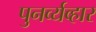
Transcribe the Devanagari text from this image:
पुनर्व्यव्हार